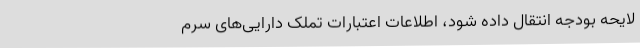
لایحه بودجه انتقال داده شود، اطلاعات اعتبارات تملک دارایی‌های سرم